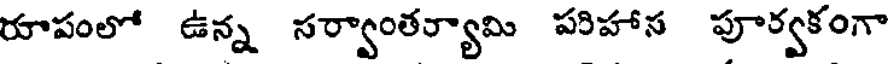
రూపంలో ఉన్న సర్వాంతర్యామి పరిహాస పూర్వకంగా